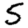
Digit: 5